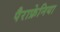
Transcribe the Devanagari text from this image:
पैराफ्रेनिया